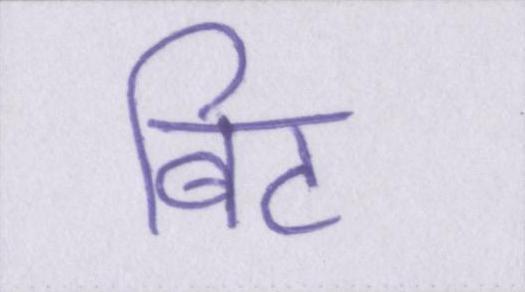
बिट